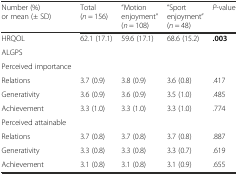
<table><thead><tr><td><b>Number (%) or mean (± SD)</b></td><td><b>Total (<i>n</i> = 156)</b></td><td><b>“Motion enjoyment”(<i>n</i> = 108)</b></td><td><b>“Sport enjoyment” (<i>n</i> = 48)</b></td><td><b><i>P</i>-value</b></td></tr></thead><tbody><tr><td>HRQOL</td><td>62.1 (17.1)</td><td>59.6 (17.1)</td><td>68.6 (15.2)</td><td><b>.003</b></td></tr><tr><td>ALGPS</td><td></td><td></td><td></td><td></td></tr><tr><td>Perceived importance</td><td></td><td></td><td></td><td></td></tr><tr><td>Relations</td><td>3.7 (0.9)</td><td>3.8 (0.9)</td><td>3.6 (0.8)</td><td>.417</td></tr><tr><td>Generativity</td><td>3.6 (0.9)</td><td>3.6 (0.9)</td><td>3.5 (1.0)</td><td>.485</td></tr><tr><td>Achievement</td><td>3.3 (1.0)</td><td>3.3 (1.0)</td><td>3.3 (1.0)</td><td>.774</td></tr><tr><td>Perceived attainable</td><td></td><td></td><td></td><td></td></tr><tr><td>Relations</td><td>3.7 (0.8)</td><td>3.7 (0.8)</td><td>3.7 (0.8)</td><td>.887</td></tr><tr><td>Generativity</td><td>3.3 (0.8)</td><td>3.3 (0.8)</td><td>3.3 (0.7)</td><td>.619</td></tr><tr><td>Achievement</td><td>3.1 (0.8)</td><td>3.1 (0.8)</td><td>3.1 (0.9)</td><td>.655</td></tr></tbody></table>